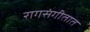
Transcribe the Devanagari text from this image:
रागसंगीतात